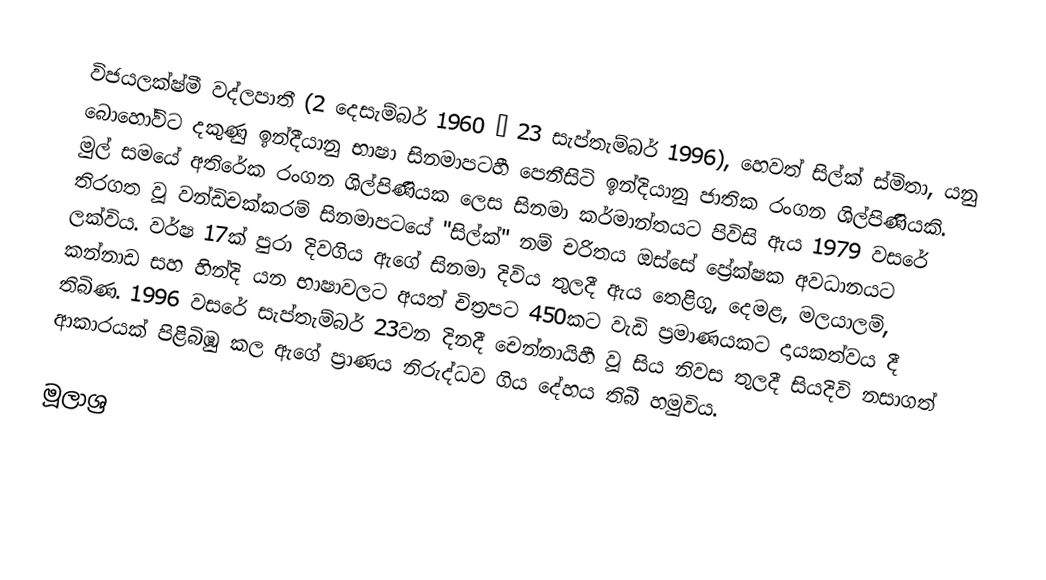
විජයලක්ෂ්මී වද්ලපාතී (2 දෙසැම්බර් 1960 – 23 සැප්තැම්බර් 1996), හෙවත් සිල්ක් ස්මිතා, යනු බොහෝවිට දකුණු ඉන්දීයානු භාෂා සිනමාපටහී පෙනීසිටි ඉන්දියානු ජාතික රංගන ශිල්පිණියකි. මුල් සමයේ අතිරේක රංගන ශිල්පිණියක ලෙස සිනමා කර්මාන්තයට පිවිසි ඇය 1979 වසරේ තිරගත වූ වන්ඩිචක්කරම් සිනමාපටයේ "සිල්ක්" නම් චරිතය ඔස්සේ ප්‍රේක්ෂක අවධානයට ලක්විය. වර්ෂ 17ක් පුරා දිවගිය ඇගේ සිනමා දිවිය තුලදී ඇය තෙළිගු, දෙමළ, මලයාලම්, කන්නාඩ සහ හින්දි යන භාෂාවලට අයත් චිත්‍රපට 450කට වැඩි ප්‍රමාණයකට දායකත්වය දී තිබිණ. 1996 වසරේ සැප්තැම්බර් 23වන දිනදී චෙන්නායිහී වූ සිය නිවස තුලදී සියදිවි නසාගත් ආකාරයක් පිළිබිඹු කල ඇගේ ප්‍රාණය නිරුද්ධව ගිය දේහය තිබී හමුවිය.

මූලාශ්‍ර